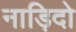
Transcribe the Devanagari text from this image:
नाड़िदो